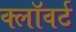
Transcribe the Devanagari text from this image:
क्लॉवर्ट